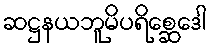
ဆဋ္ဌနယဘူမိပရိစ္ဆေဒေါ